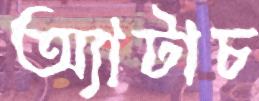
অ্যাটাচ